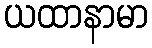
ယထာနာမာ